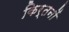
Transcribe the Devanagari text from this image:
किर्तनों